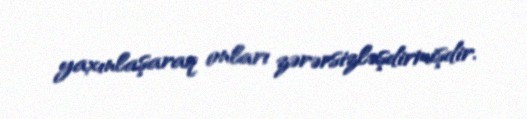
yaxınlaşaraq onları zərərsizləşdirmişdir.